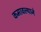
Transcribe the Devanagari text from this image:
कमावल्याने